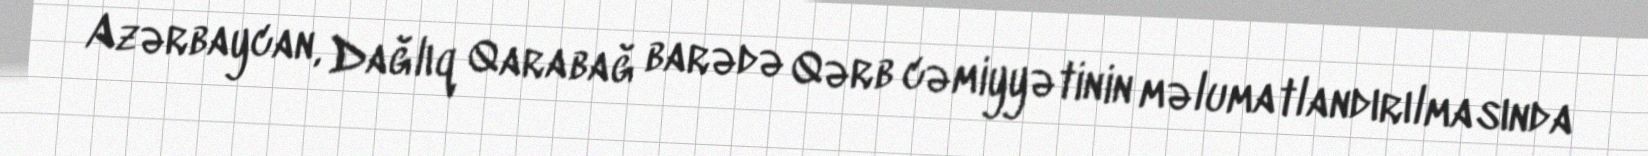
Azərbaycan, Dağlıq Qarabağ barədə Qərb cəmiyyətinin məlumatlandırılmasında